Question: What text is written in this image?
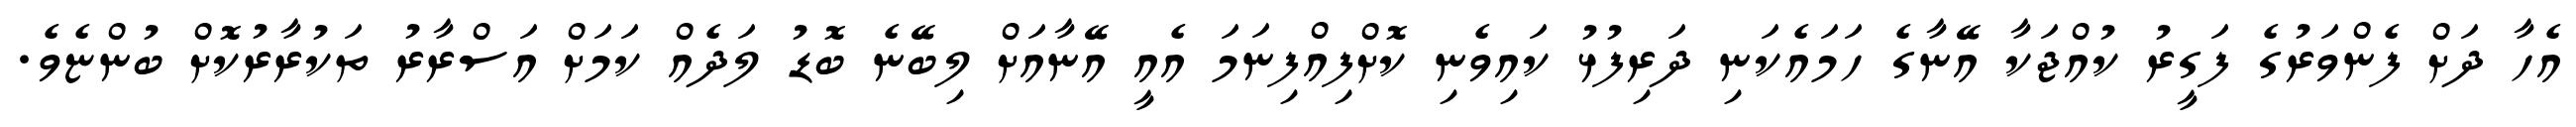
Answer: އެހާ ދަށް ފެންވަރުގެ ފަގީރު ކުއްޖަކާ އޭނާގެ ހަމައެކަނި ދަރިފުޅު ކައިވެނި ކޮށްފިއްފިނަމަ އެއީ އޭނާއަށް ލިބޭނެ ބޮޑު ލަދެއް ކަމަށް އަސްރާރު ތަކުރާރުކޮށް ބުންޏެވެ.